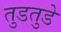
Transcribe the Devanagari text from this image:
तुडतुडे